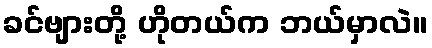
ခင်ဗျားတို့ ဟိုတယ်က ဘယ်မှာလဲ။